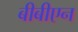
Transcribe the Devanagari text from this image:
बीबीएन